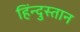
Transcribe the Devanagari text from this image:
हिंन्दुस्तान